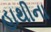
હાથીના